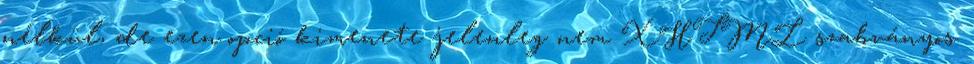
nélkül, de ezen opció kimenete jelenleg nem XHTML szabványos.